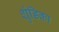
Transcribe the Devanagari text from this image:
शुंडिका